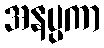
အနပ္ပကာ